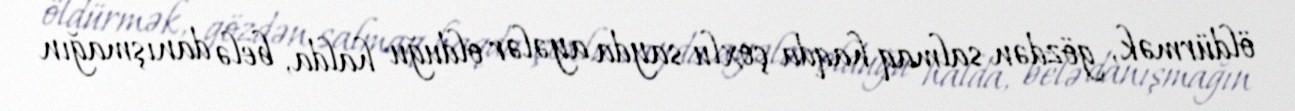
öldürmək, gözdən salmaq haqda çoxlu sayda ayələr olduğu halda, belə danışmağın